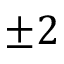
\pm 2